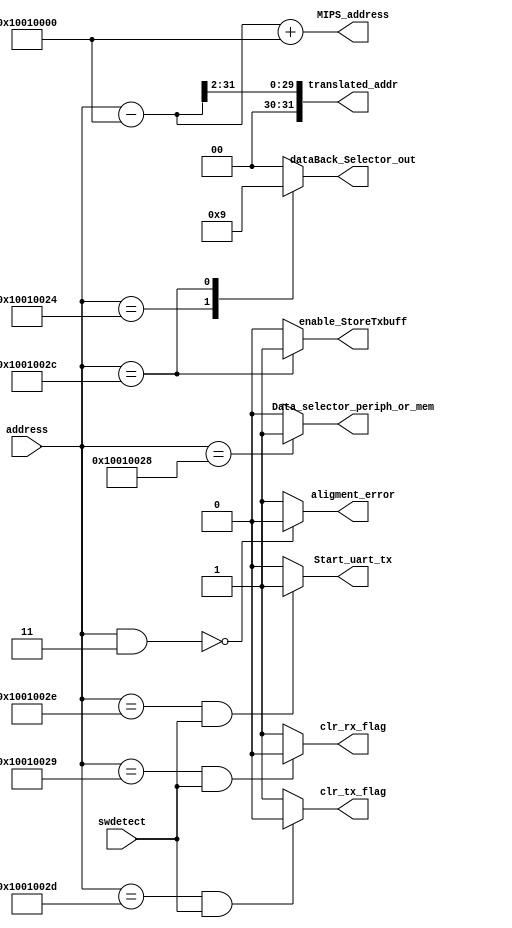
module VirtualAddress_RAM
#(
    parameter ADDR_WIDTH=32
)(
    input [ADDR_WIDTH-1:0]  address,
    input swdetect,
    output [ADDR_WIDTH-1:0] translated_addr,
    output [ADDR_WIDTH-1:0] MIPS_address,
    output aligment_error,   //1= aligment error , 0 = correct address    
    output [1:0] dataBack_Selector_out,        /* Selector forDemux for Write_back operation*/
    output Data_selector_periph_or_mem,  /* for selecting memory or peripheral on mux */
    output clr_rx_flag,      /* clear uart rx flag */
    output clr_tx_flag,        /* clear uart tx flag */
    output Start_uart_tx,        /* Start uart Transmission */
    output enable_StoreTxbuff   /* enable the storing of tx buf */
);

reg [1:0] dataBack_Selector_reg;
reg enable_StoreTxbuff_reg;
reg Data_selector_periph_or_mem_reg;

wire [ADDR_WIDTH-1:0]  add_tmp;

assign enable_StoreTxbuff = enable_StoreTxbuff_reg;
assign aligment_error = (address & 3)==0 ? 1'd0 : 1'd1 ;

assign add_tmp = address - 32'h10010000;
assign translated_addr = (add_tmp >> 2);
assign MIPS_address = add_tmp + 32'h10010000;

always@(address)begin
    case (address)

      32'h10010024:     /* GPIO */
        begin
            dataBack_Selector_reg = 2'd2;
            Data_selector_periph_or_mem_reg = 1'b0;
            enable_StoreTxbuff_reg =0;
        end
      32'h1001002C:     /* UART TX */
        begin
            dataBack_Selector_reg = 2'd1;
            Data_selector_periph_or_mem_reg = 1'b0;
            enable_StoreTxbuff_reg =1;
        end
        32'h10010028:     /* UART RX */
        begin
            dataBack_Selector_reg = 2'd0;
            Data_selector_periph_or_mem_reg = 1'b1;
            enable_StoreTxbuff_reg =0;
        end
      default: 
        begin
                        /* RAM Memory  */
            dataBack_Selector_reg = 2'd0;
            Data_selector_periph_or_mem_reg = 1'b0;
            enable_StoreTxbuff_reg =0;
        end
    endcase
end


assign dataBack_Selector_out = dataBack_Selector_reg;

/* assign Data_selector_periph_or_mem =(address == 32'h10010028) ? 1'd1: 1'd0; */
assign Data_selector_periph_or_mem = Data_selector_periph_or_mem_reg;

/* Clear UART Rx flag */
assign clr_rx_flag =(address == (32'h10010029)&&(swdetect==1'b1)) ? 1'd0: 1'd1;
assign clr_tx_flag =(address == (32'h1001002D)&&(swdetect==1'b1)) ? 1'd0: 1'd1;

assign Start_uart_tx =(address == (32'h1001002E)&&(swdetect==1'b1)) ? 1'd1: 1'd0;




endmodule